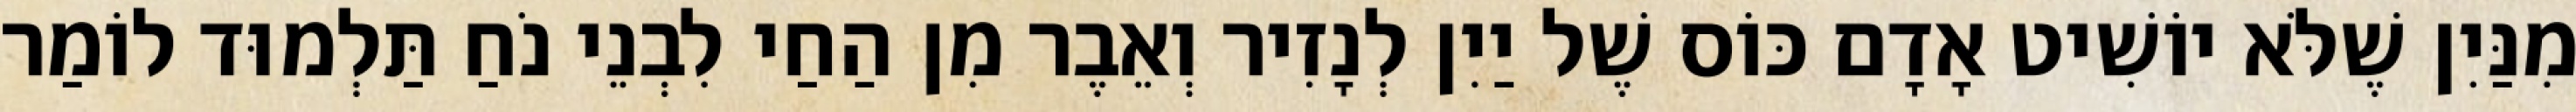
מִנַּיִן שֶׁלֹּא יוֹשִׁיט אָדָם כּוֹס שֶׁל יַיִן לְנָזִיר וְאֵבֶר מִן הַחַי לִבְנֵי נֹחַ תַּלְמוּד לוֹמַר